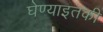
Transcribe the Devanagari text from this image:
घेण्याइतकी